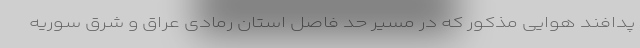
پدافند هوایی مذکور که در مسیر حد فاصل استان رمادی عراق و شرق سوریه